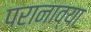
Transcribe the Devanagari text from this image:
परानाव्या